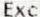
EXC